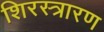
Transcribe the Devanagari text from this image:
शिरस्त्रारण